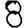
Digit: 8